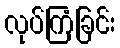
လုပ်ကြံခြင်း